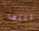
تلتف